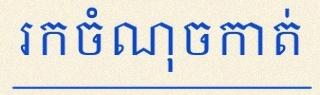
រកចំណុចកាត់